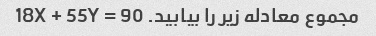
مجموع معادله زیر را بیابید. 18X + 55Y = 90